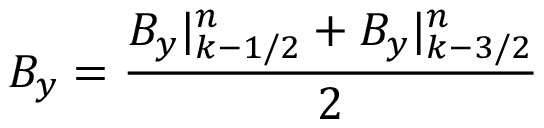
B _ { y } = \frac { B _ { y } | _ { k - 1 / 2 } ^ { n } + B _ { y } | _ { k - 3 / 2 } ^ { n } } { 2 }